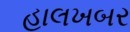
હાલખબર